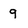
Character: 9